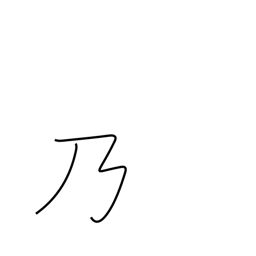
Meaning: possessive particle